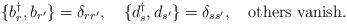
LaTeX: \begin{align*}\{ b^{\dagger}_r ,b_{r^\prime} \}=\delta_{r r^\prime} ,~~~ \{ d^{\dagger}_s ,d_{s^\prime} \}=\delta_{s s^\prime} ,~~~ \mbox{others vanish}.\end{align*}